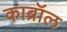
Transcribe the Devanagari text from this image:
काब्रॉल